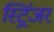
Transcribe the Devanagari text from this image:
स्ट्रिंजर